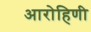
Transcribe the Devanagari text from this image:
आरोहिणी